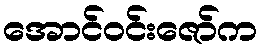
အောင်ဝင်းဇော်က